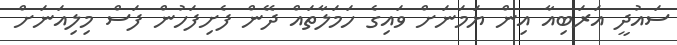
ސައުދީ އަރަބިއާ އިން ޔަމަނަށް ވައިގެ ހަމަލާތައް ދޭން ފެށިފަހުން ފަސް މިލިއަނަށް